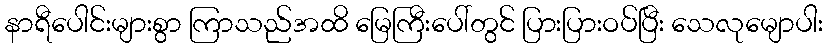
နာရီပေါင်းများစွာ ကြာသည်အထိ မြေကြီးပေါ်တွင် ပြားပြားဝပ်ပြီး သေလုမျောပါး